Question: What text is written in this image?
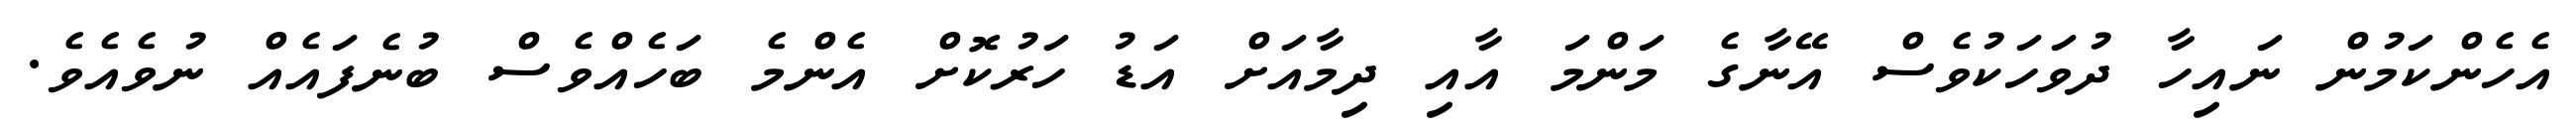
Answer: އެހެންކަމުން ނައިހާ ދުވަހަކުވެސް އޭނާގެ މަންމަ އާއި ދިމާއަށް އަޑު ހަރުކޮށް އެންމެ ބަހެއްވެސް ބުނެފައެއް ނުވެއެވެ.